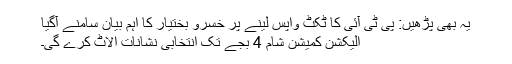
یہ بھی پڑھیں: پی ٹی آئی کا ٹکٹ واپس لینے پر خسرو بختیار کا اہم بیان سامنے آگیا
الیکشن کمیشن شام 4 بجے تک انتخابی نشانات الاٹ کرے گی۔